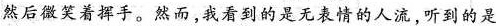
然后微笑着挥手。然而，我看到的是无表情的人流，听到的是